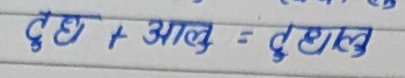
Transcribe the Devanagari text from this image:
दुध + आलु = दुधालु